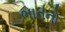
ભાતનો